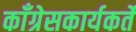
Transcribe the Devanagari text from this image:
काँग्रेसकार्यकर्ते